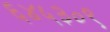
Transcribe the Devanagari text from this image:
६४५३०९